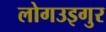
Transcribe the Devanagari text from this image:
लोगउइगुर